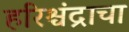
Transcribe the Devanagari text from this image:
हरिश्चंद्राचा